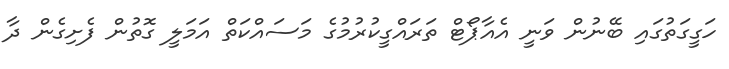
ހަގީގަތުގައި ބޭނުން ވަނީ އެއާޕޯޓް ތަރައްގީކުރުމުގެ މަސައްކަތް އަމަލީ ގޮތުން ފެށިގެން ދާ